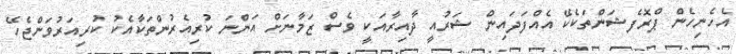
އެހެނިހެން ޕްރޮފެޝަންތަކެކޭ އެއްފަދައިން ޝަރުއީ ދާއިރާއަކީ ވެސް ޒަމާނަށް އަންނަ ކުރިއެރުންތަކާއެކު ކުރިއަރުވަންޖެހޭ